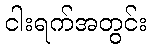
ငါးရက်အတွင်း